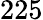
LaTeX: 225